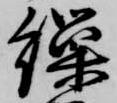
繰